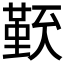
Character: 𠏏